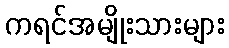
ကရင်အမျိုးသားများ